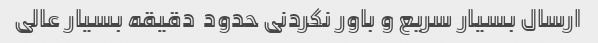
ارسال بسیار سریع و باور نکردنی حدود  دقیقه بسیار عالی